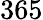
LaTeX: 365